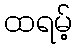
ထရမ့်